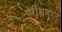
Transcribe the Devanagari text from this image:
परीक्षणरत